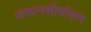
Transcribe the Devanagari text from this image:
उत्तानशीर्षासन